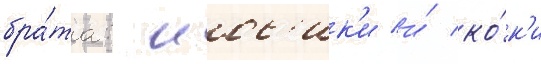
бра́та: иос'ик'и и́ ко́к'и